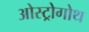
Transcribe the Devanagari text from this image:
ओस्ट्रोगोथ